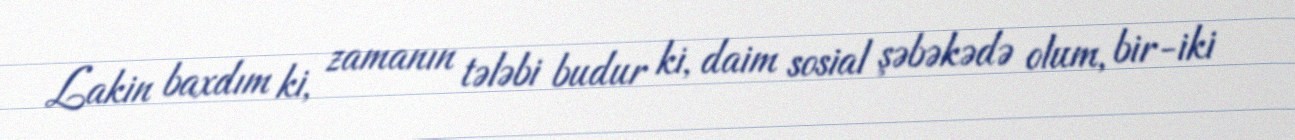
Lakin baxdım ki, zamanın tələbi budur ki, daim sosial şəbəkədə olum, bir-iki